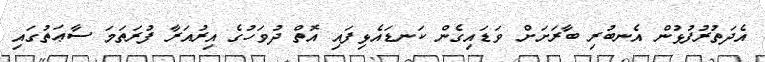
އެދަތުރުފުޅުން އެނބުރި ބާރަށަށް ވަޑައިގެން ކަނޑައެޅިފައި އޮތް ދުވަހުގެ އިރުއަރާ ފުރަތަމަ ސާޢަތުގައި